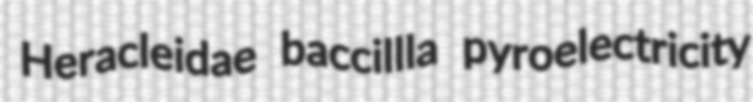
Heracleidae baccillla pyroelectricity